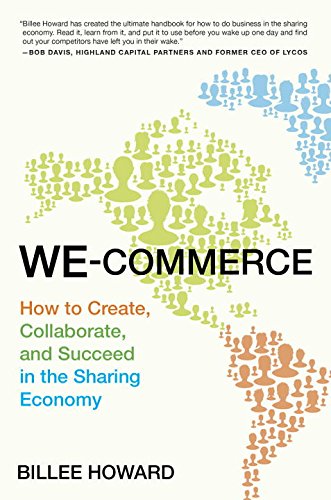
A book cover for We-Commerce: How to Create, Collaborate, and Succeed in the Sharing Economy; Billee Howard; Business & Money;